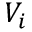
V _ { i }